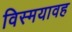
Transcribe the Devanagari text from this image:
विस्मयावह